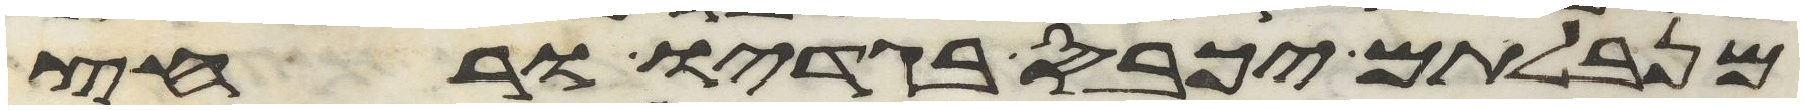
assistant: מנבלתם יכבס בגדיו ורחץ